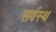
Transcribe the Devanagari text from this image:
सर्वस्थ